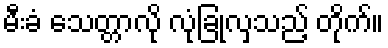
မီးခံ သေတ္တာလို လုံခြုံလှသည့် တိုက်။